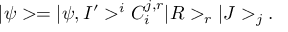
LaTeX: | \psi > = | \psi , I ^ { \prime } > ^ { i } C _ { i } ^ { j , r } | R > _ { r } | J > _ { j } .